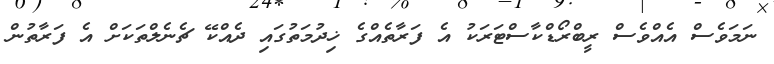
ނަމަވެސް އެއްވެސް ރީބްރޯޑްކާސްޓަރަކު އެ ފަރާތެއްގެ ޚިދުމަތުގައި ދެއްކޭ ޗެނެލްތަކަށް އެ ފަރާތުން